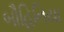
બૌહિનિયા